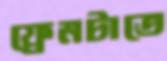
ফ্রেমটাতে